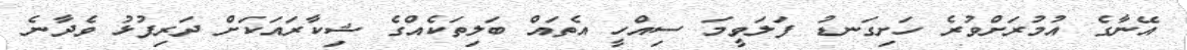
އޭނާގެ އުމުރަށްވުރެ ހަށިގަނޑު ފަލަވީމަ ސިއްހީ އެތައް ބަލިތަކެއްގެ ޝިކާރައަކަށް ދަރިފުޅު ވެދާނެ